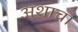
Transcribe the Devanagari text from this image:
अशाचा